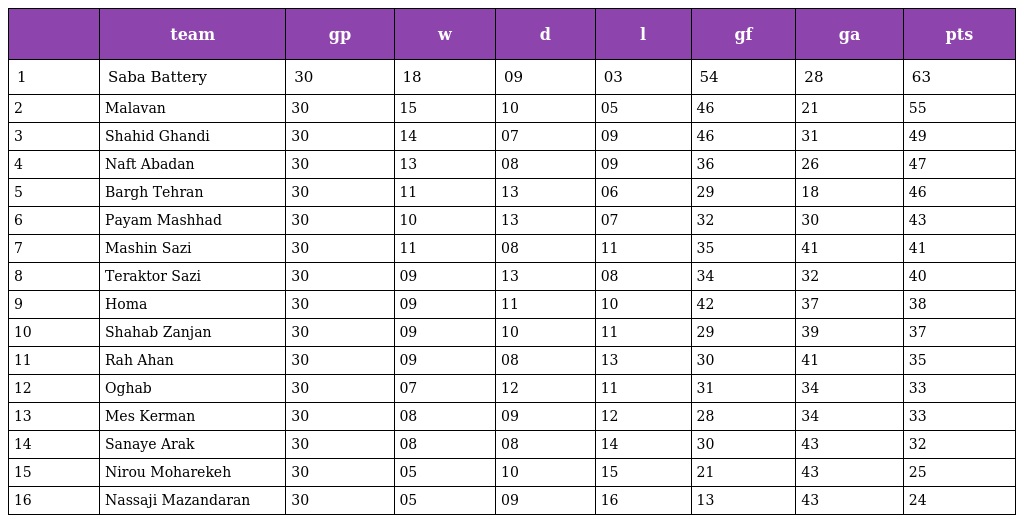
|  | team | gp | w | d | l | gf | ga | pts |
 | --- | --- | --- | --- | --- | --- | --- | --- | --- |
 | 1 | Saba Battery | 30 | 18 | 09 | 03 | 54 | 28 | 63 |
 | 2 | Malavan | 30 | 15 | 10 | 05 | 46 | 21 | 55 |
 | 3 | Shahid Ghandi | 30 | 14 | 07 | 09 | 46 | 31 | 49 |
 | 4 | Naft Abadan | 30 | 13 | 08 | 09 | 36 | 26 | 47 |
 | 5 | Bargh Tehran | 30 | 11 | 13 | 06 | 29 | 18 | 46 |
 | 6 | Payam Mashhad | 30 | 10 | 13 | 07 | 32 | 30 | 43 |
 | 7 | Mashin Sazi | 30 | 11 | 08 | 11 | 35 | 41 | 41 |
 | 8 | Teraktor Sazi | 30 | 09 | 13 | 08 | 34 | 32 | 40 |
 | 9 | Homa | 30 | 09 | 11 | 10 | 42 | 37 | 38 |
 | 10 | Shahab Zanjan | 30 | 09 | 10 | 11 | 29 | 39 | 37 |
 | 11 | Rah Ahan | 30 | 09 | 08 | 13 | 30 | 41 | 35 |
 | 12 | Oghab | 30 | 07 | 12 | 11 | 31 | 34 | 33 |
 | 13 | Mes Kerman | 30 | 08 | 09 | 12 | 28 | 34 | 33 |
 | 14 | Sanaye Arak | 30 | 08 | 08 | 14 | 30 | 43 | 32 |
 | 15 | Nirou Moharekeh | 30 | 05 | 10 | 15 | 21 | 43 | 25 |
 | 16 | Nassaji Mazandaran | 30 | 05 | 09 | 16 | 13 | 43 | 24 |